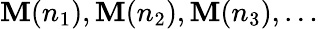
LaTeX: {\cal\mathbf{M}}(n_{1}),{\cal\mathbf{M}}(n_{2}),{\cal\mathbf{M}}(n_{3}),\ldots